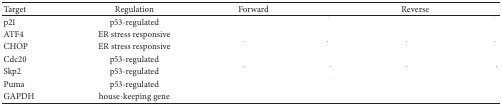
<table><thead><tr><td><b>Target</b></td><td><b>Regulation</b></td><td><b>Forward </b></td><td><b>Reverse</b></td></tr></thead><tbody><tr><td>p21</td><td>p53-regulated</td><td>[EMPTY_CELL]</td><td>[EMPTY_CELL]</td></tr><tr><td>ATF4</td><td>ER stress responsive</td><td>[EMPTY_CELL]</td><td>[EMPTY_CELL]</td></tr><tr><td>CHOP</td><td>ER stress responsive</td><td>[EMPTY_CELL]</td><td>[EMPTY_CELL]</td></tr><tr><td>Cdc20</td><td>p53-regulated</td><td>[EMPTY_CELL]</td><td>[EMPTY_CELL]</td></tr><tr><td>Skp2</td><td>p53-regulated</td><td>[EMPTY_CELL]</td><td>[EMPTY_CELL]</td></tr><tr><td>Puma</td><td>p53-regulated</td><td>[EMPTY_CELL]</td><td>[EMPTY_CELL]</td></tr><tr><td>GAPDH</td><td>house-keeping gene</td><td>[EMPTY_CELL]</td><td>[EMPTY_CELL]</td></tr></tbody></table>